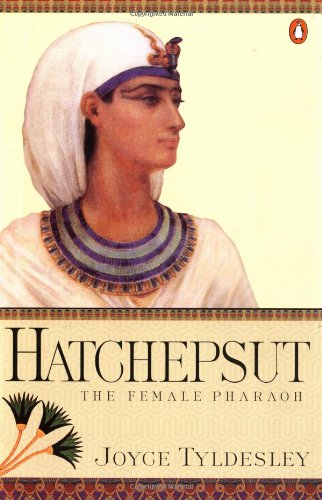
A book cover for Hatchepsut: The Female Pharaoh; Joyce A. Tyldesley; Biographies & Memoirs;